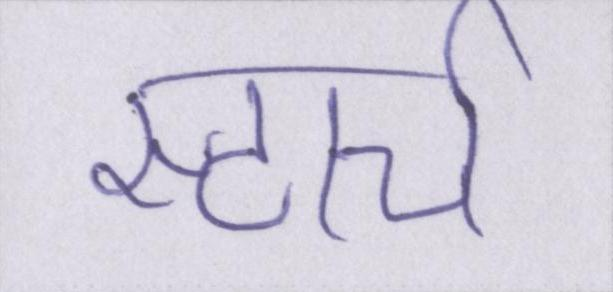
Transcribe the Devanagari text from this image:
स्टार्च